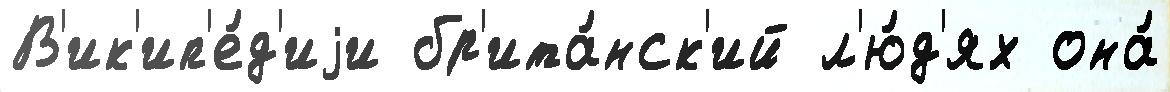
В'ик'ип'е́д'иjи бр'ита́нск'ий л'ю́д'ях она́